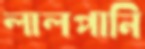
লালপানি